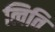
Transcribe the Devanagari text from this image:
त्विति